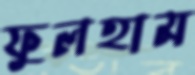
ফুলহাম